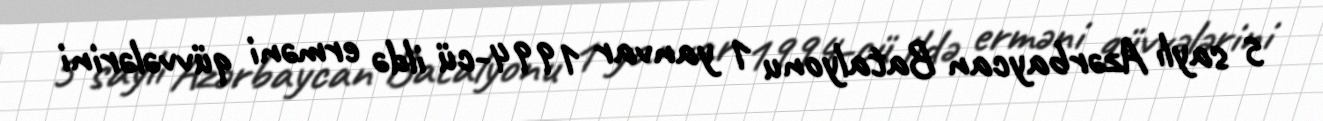
5 saylı Azərbaycan Batalyonu 1 yanvar 1994-cü ildə erməni qüvvələrini